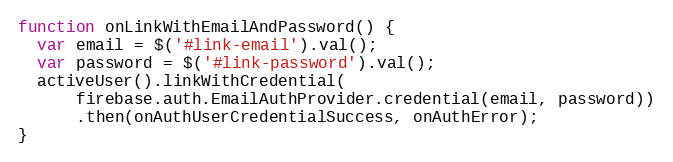
Language: JavaScript
function onLinkWithEmailAndPassword() {
  var email = $('#link-email').val();
  var password = $('#link-password').val();
  activeUser().linkWithCredential(
      firebase.auth.EmailAuthProvider.credential(email, password))
      .then(onAuthUserCredentialSuccess, onAuthError);
}